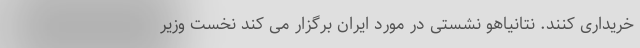
خریداری کنند. نتانیاهو نشستی در مورد ایران برگزار می کند نخست وزیر